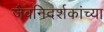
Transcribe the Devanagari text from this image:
जैवनिदर्शकांच्या